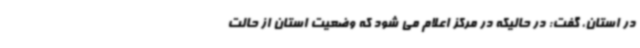
در استان، گفت: در حالیکه در مرکز اعلام می شود که وضعیت استان از حالت